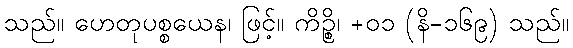
သည်။ ဟေတုပစ္စယေန၊ ဖြင့်။ ကိဉ္စိ၊ +၀၁ (နိ-၁၆၉) သည်။